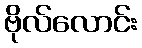
ဗိုလ်လောင်း